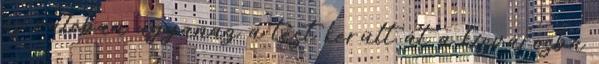
és valóban ugyanaz a test került át a kisvárosba